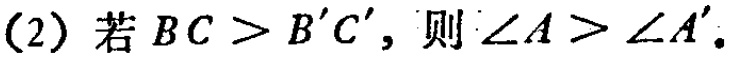
(2) 若 \(BC > B'C'\)，则 \(\angle A>\angle A'\)。